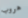
هروب